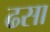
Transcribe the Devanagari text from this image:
ढसा